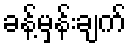
ခန့်မှန်းချက်